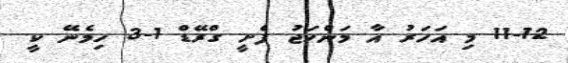
11-12 މި އަހަރު އާ މަންހަޖު ފެށީ ގްރޭޑް 1-3 ހިމެނޭ ކީ